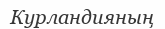
Курландияның